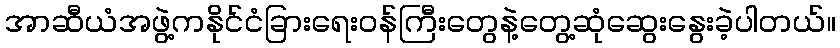
အာဆီယံအဖွဲ့ကနိုင်ငံခြားရေးဝန်ကြီးတွေနဲ့တွေ့ဆုံဆွေးနွေးခဲ့ပါတယ်။